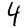
Digit: 4